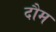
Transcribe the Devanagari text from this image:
दौम